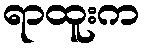
ရာထူးက